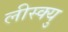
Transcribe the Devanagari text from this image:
लीस्क्यु